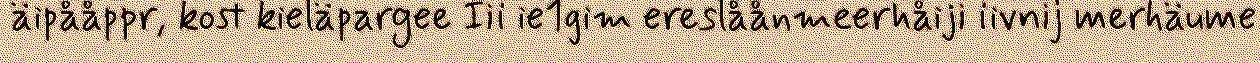
äipååppr, kost kieläpargee Iii ie1gim ereslåånmeerhåiji iivnij merhäume